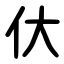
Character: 㐲